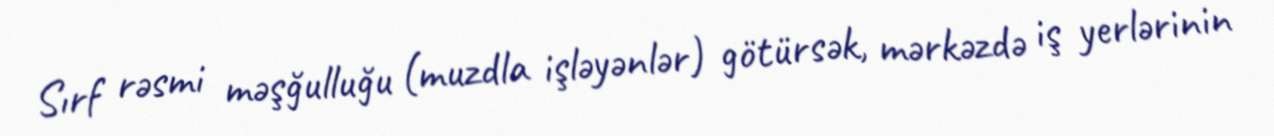
Sırf rəsmi məşğulluğu (muzdla işləyənlər) götürsək, mərkəzdə iş yerlərinin